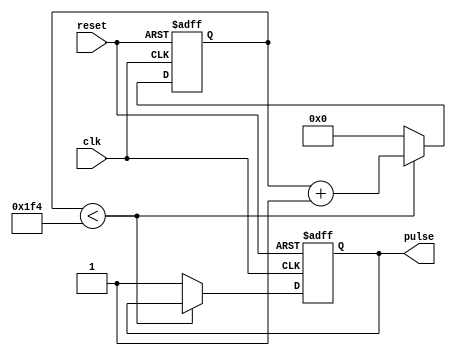
module pulse_generator (
  input wire clk,
  input wire reset,
  output wire pulse
);

reg [31:0] counter;
reg [7:0] divider;
reg pulse_reg;

always @(posedge clk or posedge reset) begin
  if (reset) begin
    counter <= 32'h0;
    divider <= 8'h0;
    pulse_reg <= 1'b0;
  end else begin
    if (counter < 32'd500) begin // Adjust pulse width here
      counter <= counter + 1;
    end else begin
      counter <= 32'h0;
      pulse_reg <= 1'b1;
    end
    
    if (divider < 8'd10) begin // Adjust frequency here
      divider <= divider + 1;
    end else begin
      divider <= 8'd0;
    end
  end
end

assign pulse = pulse_reg;

endmodule